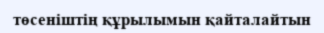
төсеніштің құрылымын қайталайтын